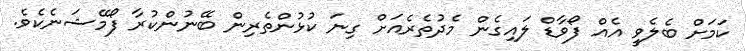
ކަމަށް ބެލެވީ އެއް ފޯވާޑް ލައިގެން މެދުތެރެއަށް ގިނަ ކުޅުންތެރިން ބޭނުންކުރާ ފޯމޭޝަނެކެވެ.